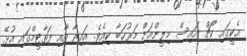
އެކީގައި ކޯޗް އައިސް މިލީންއަށް މަރުހަބާ ކިއެވެ. އައިރާ އާއި ފަތާޓީމްގައި އުޅޭ